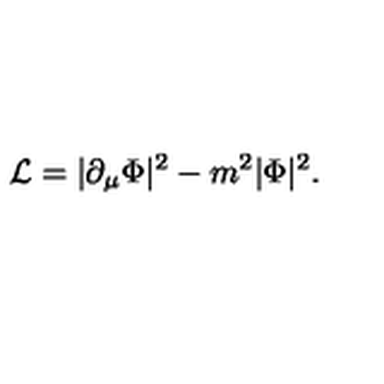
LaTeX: { \cal L } = | \partial _ { \mu } \Phi | ^ { 2 } - m ^ { 2 } | \Phi | ^ { 2 } .